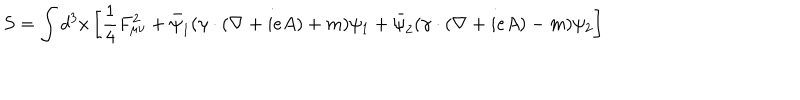
S = \int d ^ { 3 } x \left[ \frac { 1 } { 4 } F _ { \mu \nu } ^ { 2 } + \bar { \psi } _ { 1 } ( \gamma \cdot ( \nabla + i e A ) + m ) \psi _ { 1 } + \bar { \psi } _ { 2 } ( \gamma \cdot ( \nabla + i e A ) - m ) \psi _ { 2 } \right]